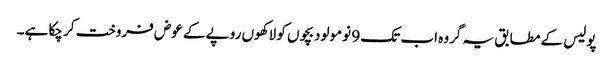
پولیس کے مطابق یہ گروہ اب تک 9 نومولود بچوں کو لاکھوں روپے کے عوض فروخت کر چکا ہے۔